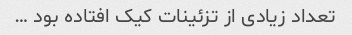
تعداد زیادی از تزئینات کیک افتاده بود …